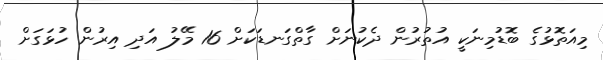
މިއަތޮޅުގެ ބޮޑުމިނަކީ އުތުރުން ދެކުނަށް ގާތްގަނޑަކަށް 16 މޭލު އަދި އިރުން ހުޅަގަށް